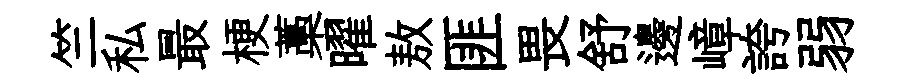
竺私最梗藁曜敖匪畏舒邊嶂誇弱